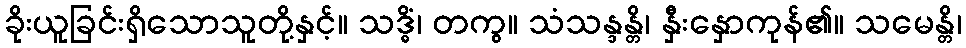
ခိုးယူခြင်းရှိသောသူတို့နှင့်။ သဒ္ဓိံ၊ တကွ။ သံသန္ဒန္တိ၊ နှီးနှောကုန်၏။ သမေန္တိ၊